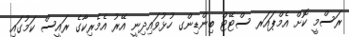
ރަސްމީ ކޮށް އެމްޕައަރ ސްޓޭޓް ބިންޑިންގ ހުޅުވައިދިނީ އޭރު އެމެރިކާގެ ރައީސް ކަމުގައި